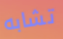
تشابه